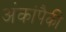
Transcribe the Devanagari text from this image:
अंकांपैकी